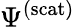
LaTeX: \Psi^{\mathrm{(scat)}}